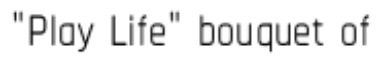
"Play Life" bouquet of